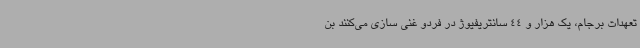
تعهدات برجام، یک هزار و 44 سانتریفیوژ در فردو غنی سازی می‌کنند بن